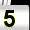
Digit: 5